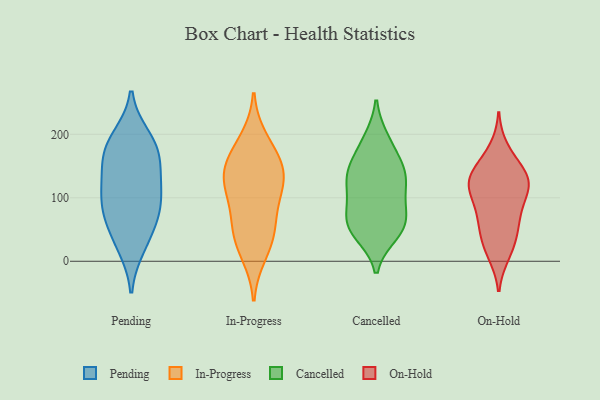
{"axis": {"x": "Backlog", "y": "Value"}, "legend": ["Cancelled", "In-Progress", "On-Hold", "Pending"], "data": [{"x": "", "y": 171, "type": "Pending"}, {"x": "", "y": 137, "type": "Pending"}, {"x": "", "y": 24, "type": "Pending"}, {"x": "", "y": 79, "type": "Pending"}, {"x": "", "y": 79, "type": "Pending"}, {"x": "", "y": 171, "type": "Pending"}, {"x": "", "y": 182, "type": "Pending"}, {"x": "", "y": 112, "type": "Pending"}, {"x": "", "y": 80, "type": "Pending"}, {"x": "", "y": 121, "type": "Pending"}, {"x": "", "y": 38, "type": "Pending"}, {"x": "", "y": 194, "type": "Pending"}, {"x": "", "y": 162, "type": "In-Progress"}, {"x": "", "y": 155, "type": "In-Progress"}, {"x": "", "y": 114, "type": "In-Progress"}, {"x": "", "y": 140, "type": "In-Progress"}, {"x": "", "y": 41, "type": "In-Progress"}, {"x": "", "y": 13, "type": "In-Progress"}, {"x": "", "y": 45, "type": "In-Progress"}, {"x": "", "y": 111, "type": "In-Progress"}, {"x": "", "y": 190, "type": "In-Progress"}, {"x": "", "y": 67, "type": "In-Progress"}, {"x": "", "y": 127, "type": "In-Progress"}, {"x": "", "y": 124, "type": "Cancelled"}, {"x": "", "y": 51, "type": "Cancelled"}, {"x": "", "y": 60, "type": "Cancelled"}, {"x": "", "y": 59, "type": "Cancelled"}, {"x": "", "y": 143, "type": "Cancelled"}, {"x": "", "y": 186, "type": "Cancelled"}, {"x": "", "y": 150, "type": "Cancelled"}, {"x": "", "y": 192, "type": "Cancelled"}, {"x": "", "y": 135, "type": "Cancelled"}, {"x": "", "y": 85, "type": "Cancelled"}, {"x": "", "y": 110, "type": "Cancelled"}, {"x": "", "y": 43, "type": "Cancelled"}, {"x": "", "y": 142, "type": "Cancelled"}, {"x": "", "y": 90, "type": "Cancelled"}, {"x": "", "y": 51, "type": "Cancelled"}, {"x": "", "y": 109, "type": "On-Hold"}, {"x": "", "y": 158, "type": "On-Hold"}, {"x": "", "y": 72, "type": "On-Hold"}, {"x": "", "y": 31, "type": "On-Hold"}, {"x": "", "y": 123, "type": "On-Hold"}, {"x": "", "y": 176, "type": "On-Hold"}, {"x": "", "y": 12, "type": "On-Hold"}, {"x": "", "y": 104, "type": "On-Hold"}, {"x": "", "y": 19, "type": "On-Hold"}, {"x": "", "y": 50, "type": "On-Hold"}, {"x": "", "y": 125, "type": "On-Hold"}, {"x": "", "y": 130, "type": "On-Hold"}, {"x": "", "y": 73, "type": "On-Hold"}, {"x": "", "y": 64, "type": "On-Hold"}, {"x": "", "y": 123, "type": "On-Hold"}, {"x": "", "y": 140, "type": "On-Hold"}, {"x": "", "y": 126, "type": "On-Hold"}]}